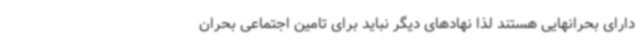
دارای بحرانهایی هستند لذا نهادهای دیگر نباید برای تامین اجتماعی بحران